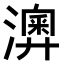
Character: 𤁌